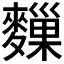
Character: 𪍨